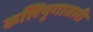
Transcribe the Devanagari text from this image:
कलियुगातली